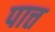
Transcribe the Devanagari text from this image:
पात्त